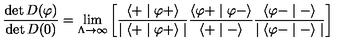
\frac { \det D ( \varphi ) } { \det D ( 0 ) } = \lim _ { \Lambda \to \infty } \left[ \frac { \langle + \mid \varphi + \rangle } { \mid \langle + \mid \varphi + \rangle \mid } \frac { \langle \varphi + \mid \varphi - \rangle } { \langle + \mid - \rangle } \frac { \langle \varphi - \mid - \rangle } { \mid \langle \varphi - \mid - \rangle \mid } \right]